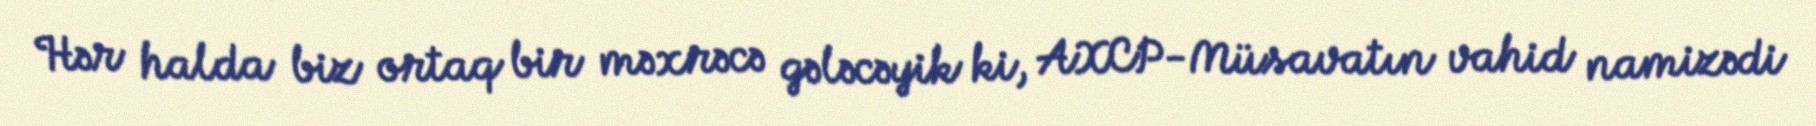
Hər halda biz ortaq bir məxrəcə gələcəyik ki, AXCP-Müsavatın vahid namizədi